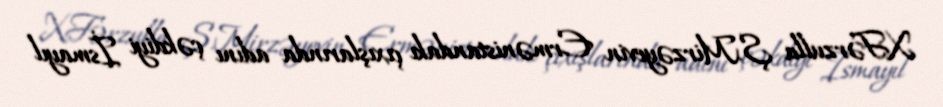
X.Fərzulla Ş.Mirzəyevin Ermənistandakı çıxışlarında adını çəkdiyi İsmayıl